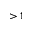
> 1